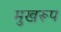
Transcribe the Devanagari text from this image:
मुखरूप